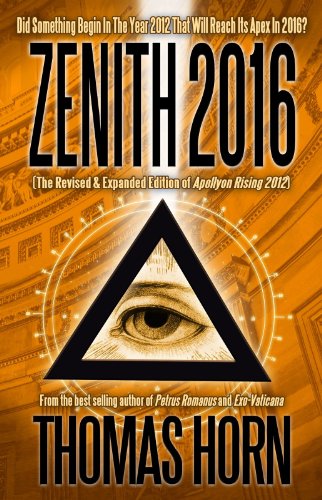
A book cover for Zenith 2016: Did Something Begin In The Year 2012 That Will Reach Its Apex In 2016?; Thomas R Horn; Christian Books & Bibles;